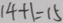
1 4 + 1 = 1 5